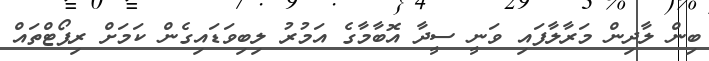
ބިން ލާދިން މަރާލާފައި ވަނީ ސީދާ އޮބާމާގެ އަމުރު ލިބިވަޑައިގެން ކަމަށް ރިޕޯޓްތައް